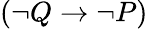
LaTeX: (\neg Q\to\neg P)